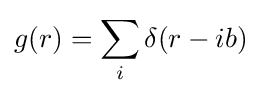
g(r)=\sum \limits _{i}\delta (r-ib)